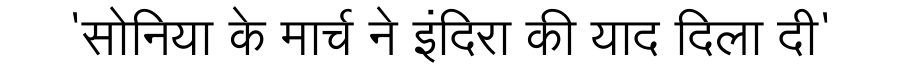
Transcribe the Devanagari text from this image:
'सोनिया के मार्च ने इंदिरा की याद दिला दी'